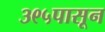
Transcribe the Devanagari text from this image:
३९५पासून